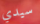
سيدي